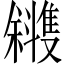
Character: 𪯰